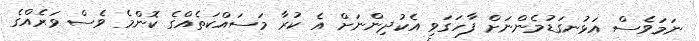
ނަމަވެސް އަޅުނގަޑުމެންނަށް ފާހަގަވި އެކުދިންނަށް އެ ކުރާ މަސައްކަތެއްގެ ކޮންމެ ވެސް ވަރެއްގެ